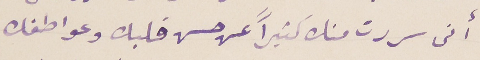
أنى سررت منك كثيراً عن حسن قلبك وعواطفك